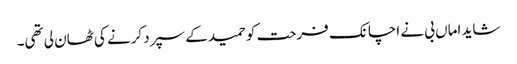
شاید اماں بی نے اچانک فرحت کو حمید کے سپرد کرنے کی ٹھان لی تھی۔